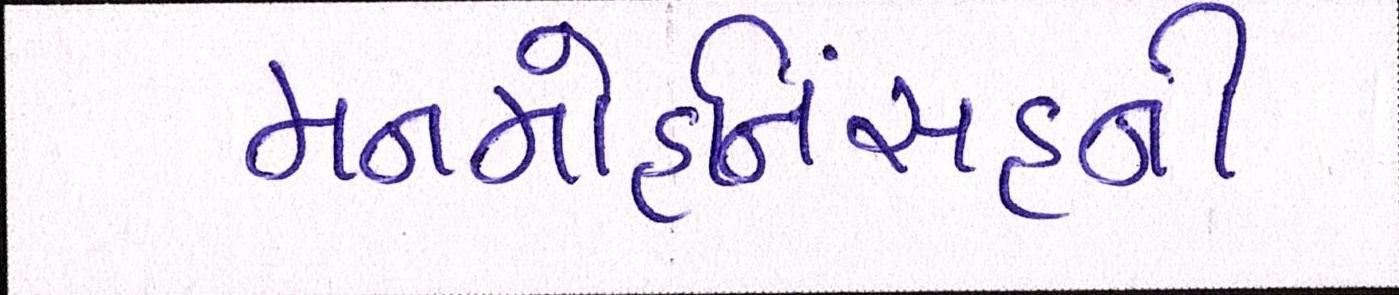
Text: મનમોહનિંસહની